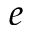
e